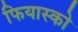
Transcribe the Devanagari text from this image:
फियास्को